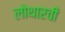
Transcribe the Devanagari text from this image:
लोथारची